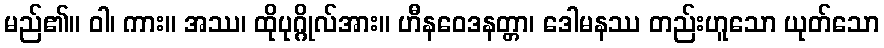
မည်၏။ ဝါ၊ ကား။ အဿ၊ ထိုပုဂ္ဂိုလ်အား။ ဟီနဝေဒနတ္တာ၊ ဒေါမနဿ တည်းဟူသော ယုတ်သော